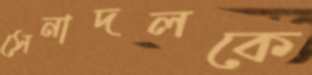
সেনাদলকে